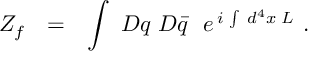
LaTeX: Z _ { f } \ \ = \ \ \int \, \, { \cal D } q \, \, { \cal D } \bar { q } \, \, \, \, e ^ { \, i \, \int \, \, d ^ { 4 } x \, \, { \cal L } } \, \, .